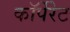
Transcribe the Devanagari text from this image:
काॅर्पेरेट